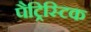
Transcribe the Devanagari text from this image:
पैट्रिस्टिक